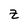
Character: Z